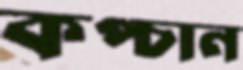
কপ্‌চান